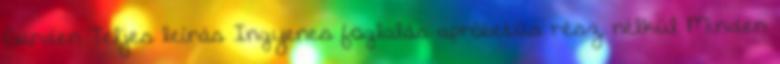
Garden Teljes leírás Ingyenes foglalás apróbetűs rész nélkül Minden